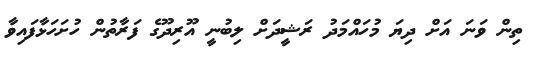
ތިން ވަނަ އަށް ދިޔަ މުހައްމަދު ރަޝީދަށް ލިބުނީ އޫރިދޫގެ ފަރާތުން ހުށަހަޅާފައިވާ